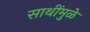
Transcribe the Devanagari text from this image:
साथींमुळे